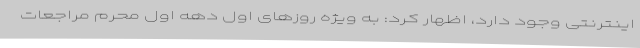
اینترنتی وجود دارد، اظهار کرد: به ویژه روزهای اول دهه اول محرم مراجعات